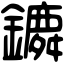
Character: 𨭤